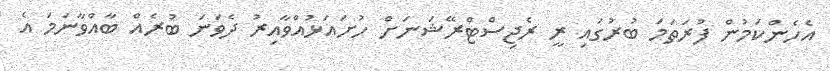
އެހެންކަމުން ފުރަތަމަ ބުރުގައި ރީ ރެޖިސްޓްރޭޝަނަށް ހުށައަޅުއްވާއިރު ދެވަނަ ބުރެއް ބާއްވާނަމަ އެ